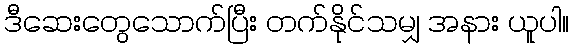
ဒီဆေးတွေသောက်ပြီး တက်နိုင်သမျှ အနား ယူပါ။